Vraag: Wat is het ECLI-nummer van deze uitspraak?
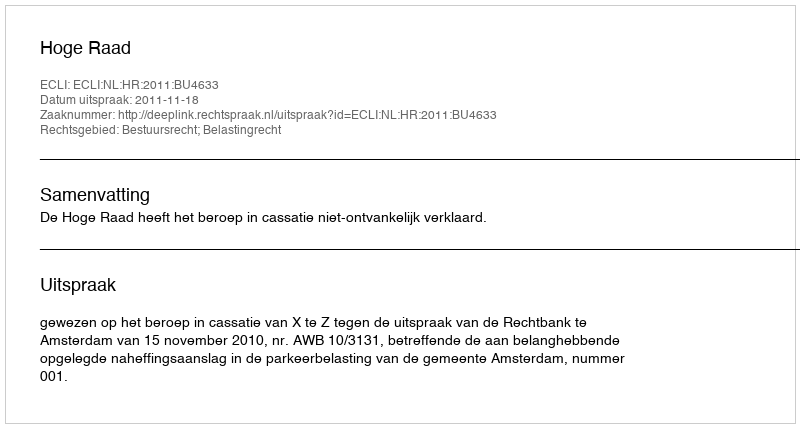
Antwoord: ECLI:NL:HR:2011:BU4633